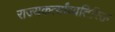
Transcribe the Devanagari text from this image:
राज्यकर्त्यांव्यतिरिक्त